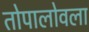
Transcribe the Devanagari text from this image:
तोपालोवला